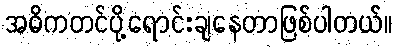
အဓိကတင်ပို့ရောင်းချနေတာဖြစ်ပါတယ်။